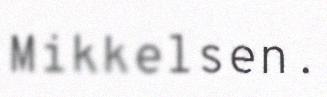
Mikkelsen.